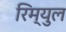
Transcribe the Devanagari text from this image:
रिम्युल